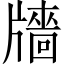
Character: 𤗼